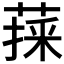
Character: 𦷀